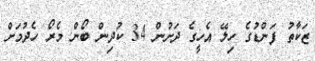
ޒަކާތު ފަންޑުގެ ހިލޭ އެހީގެ ދަށުން 34 ކުދިން ބޯން މެރޯ ހެދުމަށް